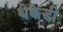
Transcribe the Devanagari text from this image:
थेक्केडी